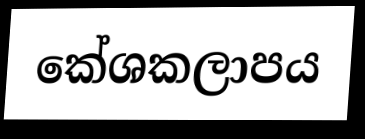
කේශකලාපය